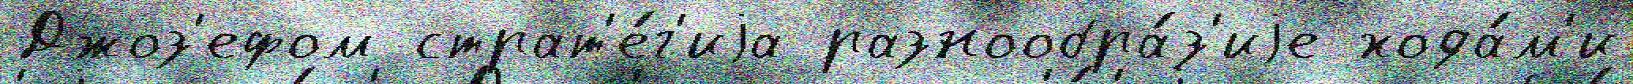
Джоз'ефом страт'е́г'иjа разнообра́з'иjе хода́м'и